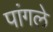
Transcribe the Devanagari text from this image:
पांगले